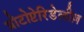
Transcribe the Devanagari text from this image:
प्रोटोप्टेरिडेलीज़